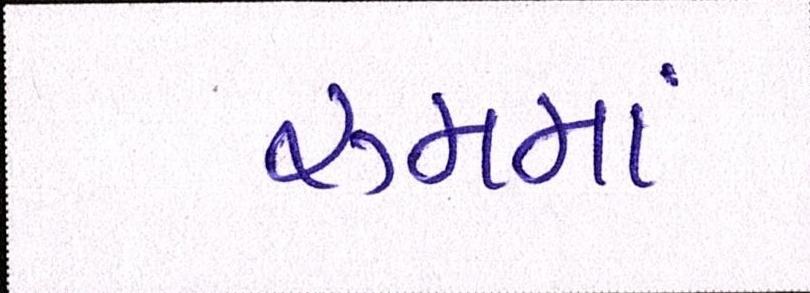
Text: રૂમમાં